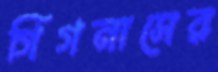
গিগনাসের